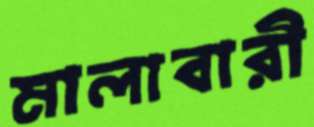
মালাবারী